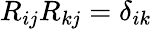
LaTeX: R_{ij}R_{kj}=\delta_{ik}